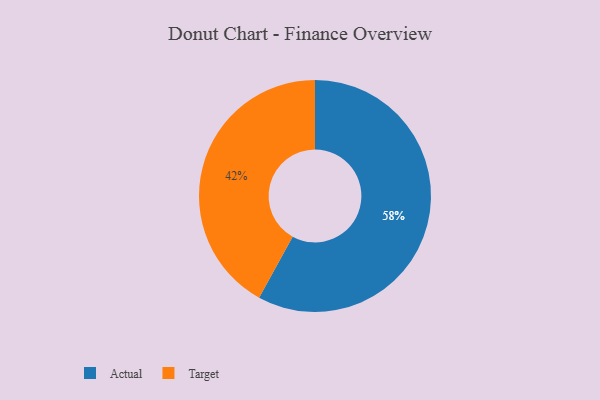
{"axis": {"x": "Category", "y": "Percentage"}, "legend": ["Actual", "Target"], "data": [{"x": "Target", "y": 42, "type": "Target"}, {"x": "Actual", "y": 58, "type": "Actual"}]}